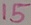
Text: 15